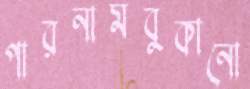
পারনামবুকানো